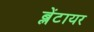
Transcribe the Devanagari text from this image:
ब्लेंटायर